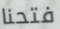
فتحنا